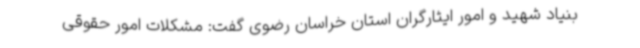
بنیاد شهید و امور ایثارگران استان خراسان رضوی گفت: مشکلات امور حقوقی